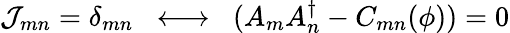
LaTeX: {\cal J}_{mn}=\delta_{mn}\; \; \longleftrightarrow\; \; (A_{m}A_{n}^{\dagger}-C_{mn}(\phi))=0